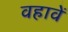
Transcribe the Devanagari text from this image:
वहावें